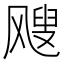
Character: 飕